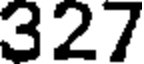
327